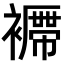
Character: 𧞝